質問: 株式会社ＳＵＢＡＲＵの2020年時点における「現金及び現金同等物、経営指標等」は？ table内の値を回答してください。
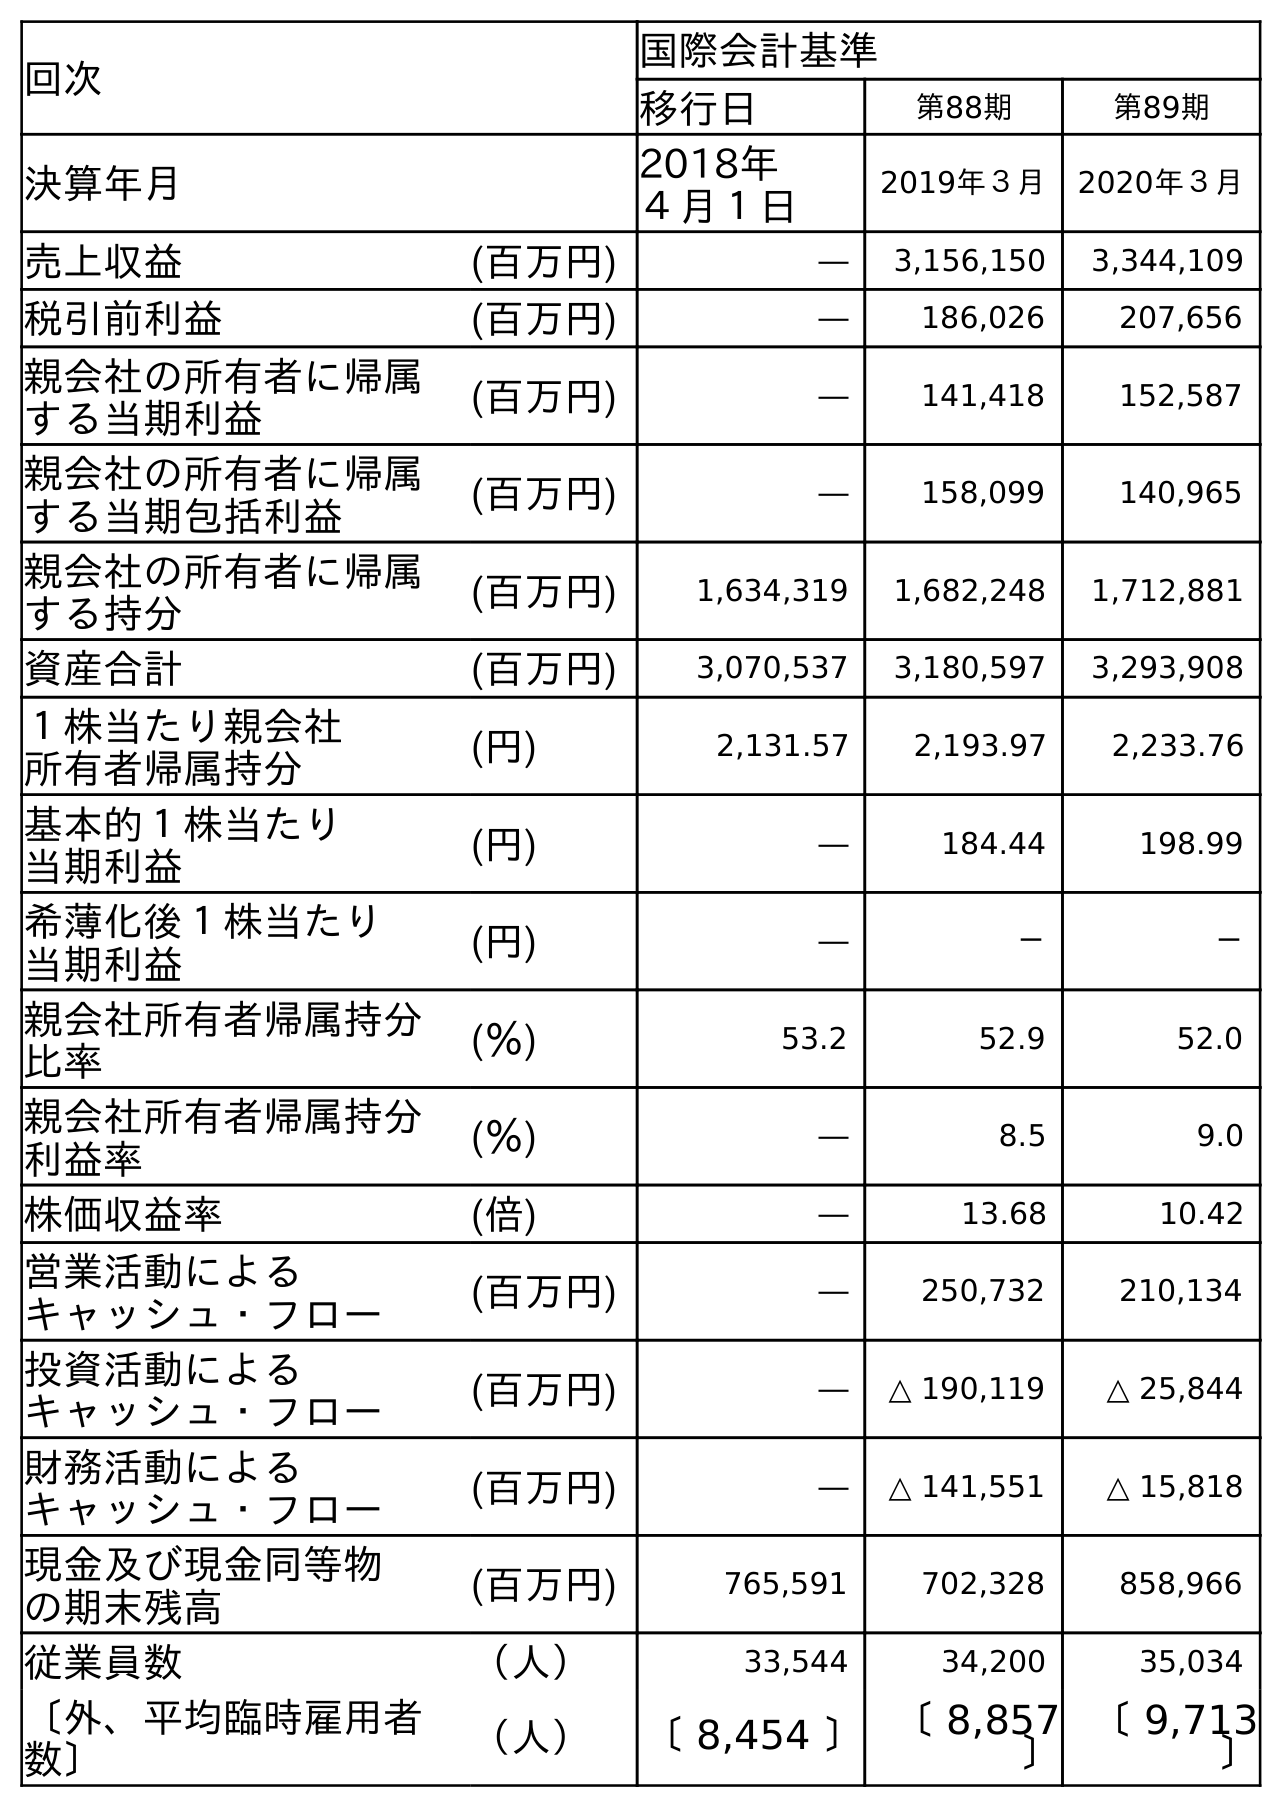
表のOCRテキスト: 回次 国際会計基準 移行日 第88期 第89期 決算年月 2018年 ４月１日 2019年３月 2020年３月 売上収益 (百万円) ― 3,156,150 3,344,109 税引前利益 (百万円) ― 186,026 207,656 親会社の所有者に帰属 する当期利益 (百万円) ― 141,418 152,587 親会社の所有者に帰属 する当期包括利益 (百万円) ― 158,099 140,965 親会社の所有者に帰属 する持分 (百万円) 1,634,319 1,682,248 1,712,881 資産合計 (百万円) 3,070,537 3,180,597 3,293,908 １株当たり親会社 所有者帰属持分 (円) 2,131.57 2,193.97 2,233.76 基本的１株当たり 当期利益 (円) ― 184.44 198.99 希薄化後１株当たり 当期利益 (円) ― － － 親会社所有者帰属持分 比率 (％) 53.2 52.9 52.0 親会社所有者帰属持分 利益率 (％) ― 8.5 9.0 株価収益率 (倍) ― 13.68 10.42 営業活動による キャッシュ・フロー (百万円) ― 250,732 210,134 投資活動による キャッシュ・フロー (百万円) ― △ 190,119 △ 25,844 財務活動による キャッシュ・フロー (百万円) ― △ 141,551 △ 15,818 現金及び現金同等物 の期末残高 (百万円) 765,591 702,328 858,966 従業員数 （人） 33,544 34,200 35,034 〔外、平均臨時雇用者 数〕 （人） 〔 8,454 〕〔 8,857 〕 〔 9,713 〕
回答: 858,966